Applicability to medico-legal practice in India of the biochemical tests for the origin of blood-stains - Number 39
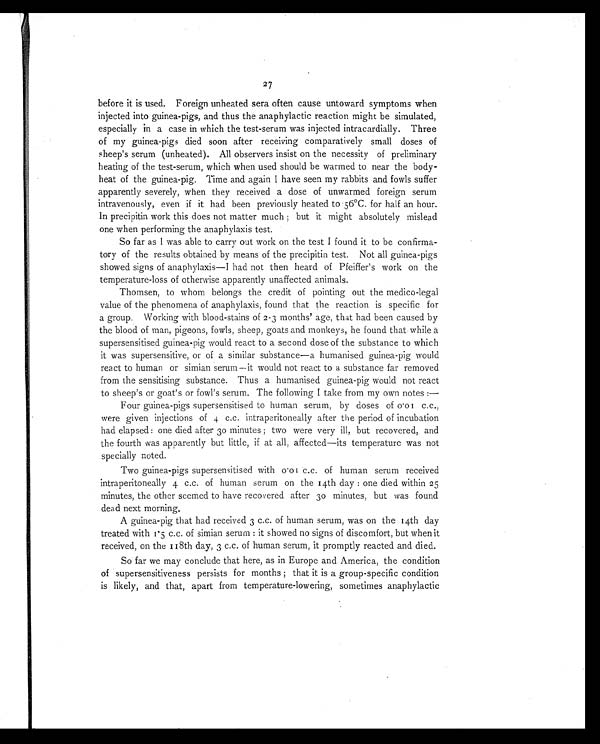
27
before it is used. Foreign unheated sera often cause untoward symptoms when
injected into guinea-pigs, and thus the anaphylactic reaction might be simulated,
especially in a case in which the test-serum was injected intracardially. Three
of my guinea-pigs died soon after receiving comparatively small doses of
sheep's serum (unheated). All observers insist on the necessity of preliminary
heating of the test-serum, which when used should be warmed to near the body-
heat of the guinea-pig. Time and again I have seen my rabbits and fowls suffer
apparently severely, when they received a dose of unwarmed foreign serum
intravenously, even if it had been previously heated to 56°C. for half an hour.
In precipitin work this does not matter much; but it might absolutely mislead
one when performing the anaphylaxis test.
So f a r a s I wa s a bl e t o c a r r y out wor k on t he t e s t I found it to be confirma-
tory of the results obtained by means of the precipitin test. Not all guinea-pigs
showed signs of anaphylaxis—I had not then heard of Pfeiffer's work on the
temperature-loss of otherwise apparently unaffected animals.
Thomsen, to whom belongs the credit of pointing out the medico-legal
value of the phenomena of anaphylaxis, found that the reaction is specific for
a group. Working with blood-stains of 2-3 months' age, that had been caused by
the blood of man, pigeons, fowls, sheep, goats and monkeys, he found that while a
supersensitised guinea-pig would react to a second dose of the substance to which
it was supersensitive, or of a similar substance—a humanised guinea-pig would
react to human or simian serum—it would not react to a substance far removed
from the sensitising substance. Thus a humanised guinea-pig would not react
to sheep's or goat's or fowl's serum. The following I take from my own notes:—
Four guinea-pigs supersensitised to human serum, by doses of 0 .0 1 c.c.,
were given injections of 4 c.c. intraperitoneally after t h e
p e r i o d o f i n c u b a t i o n
had elapsed: one died after 30 minutes; two were very ill, but recovered, and
the fourth was apparently but little, if at all, affected—its temperature was not
specially noted.
Two guinea-pigs supersensitised with 0 .0 1c . c . o f h u m a n s e r u m r e c e i v e d
intraperitoneally 4 c.c. of human serum on the 14th day: one died within 25
minutes, the other seemed to have recovered after 30 minutes, but was found
dead next morning.
A guinea-pig that had received 3 c.c. of human serum, was on the 14th day
treated with 1.5 c.c. of simian serum: it showed no signs of discomfort, but when it
received, on the 118th day, 3 c.c. of human serum, it promptly reacted and died.
So far we may conclude that here, as in Europe and America, the condition
of supersensitiveness persists for months; that it is a group-specific condition
is likely, and that, apart from temperature-lowering, sometimes anaphylactic